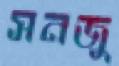
সনজু